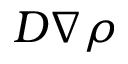
D \nabla \rho